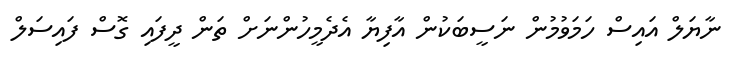
ނާޔަލް އައިސް ހަމަވުމުން ނަސީބަކުން އާފިޔާ އެދެމީހުންނަށް ތަން ދީފައި ގޮސް ފައިސަލް